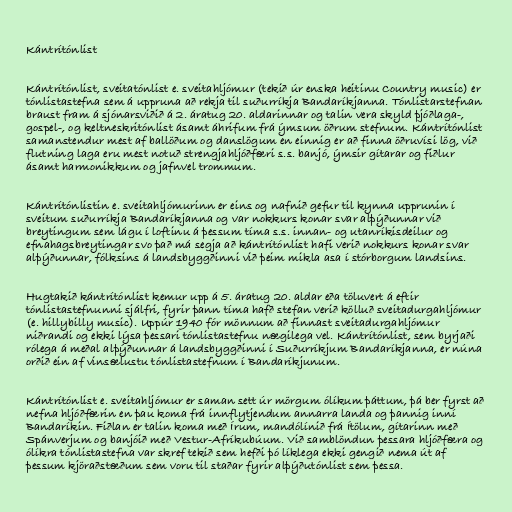
Kántrítónlist

Kántrítónlist, sveitatónlist e. sveitahljómur (tekið úr enska heitinu Country music) er
tónlistastefna sem á uppruna að rekja til suðurríkja Bandaríkjanna. Tónlistarstefnan
braust fram á sjónarsviðið á 2. áratug 20. aldarinnar og talin vera skyld þjóðlaga-,
gospel-, og keltneskritónlist ásamt áhrifum frá ýmsum öðrum stefnum. Kántrítónlist
samanstendur mest af ballöðum og danslögum en einnig er að finna öðruvísi lög, við
flutning laga eru mest notuð strengjahljóðfæri s.s. banjó, ýmsir gítarar og fiðlur
ásamt harmonikkum og jafnvel trommum.

Kántrítónlistin e. sveitahljómurinn er eins og nafnið gefur til kynna upprunin í
sveitum suðurríkja Bandaríkjanna og var nokkurs konar svar alþýðunnar við
breytingum sem lágu í loftinu á þessum tíma s.s. innan- og utanríkisdeilur og
efnahagsbreytingar svo það má segja að kántrítónlist hafi verið nokkurs konar svar
alþýðunnar, fólksins á landsbyggðinni við þeim mikla asa í stórborgum landsins.

Hugtakið kántrítónlist kemur upp á 5. áratug 20. aldar eða töluvert á eftir
tónlistastefnunni sjálfri, fyrir þann tíma hafð stefan verið kölluð sveitadurgahljómur
(e. hillybilly music). Uppúr 1940 fór mönnum að finnast sveitadurgahljómur
niðrandi og ekki lýsa þessari tónlistastefnu nægilega vel. Kántrítónlist, sem byrjaði
rólega á meðal alþýðunnar á landsbyggðinni í Suðurríkjum Bandaríkjanna, er núna
orðið ein af vinsælustu tónlistastefnum í Bandaríkjunum.

Kántrítónlist e. sveitahljómur er saman sett úr mörgum ólíkum þáttum, þá ber fyrst að
nefna hljóðfærin en þau koma frá innflytjendum annarra landa og þannig inní
Bandaríkin. Fiðlan er talin koma með Írum, mandólínið frá Ítölum, gítarinn með
Spánverjum og banjóið með Vestur-Afríkubúum. Við samblöndun þessara hljóðfæra og
ólíkra tónlistastefna var skref tekið sem hefði þó líklega ekki gengið nema út af
þessum kjöraðstæðum sem voru til staðar fyrir alþýðutónlist sem þessa.